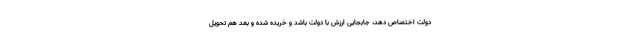
دولت اختصاص دهد، جابجایی ارزش با دولت باشد و خریده شده و بعد هم تحویل